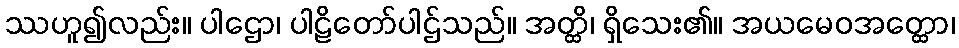
ဿဟူ၍လည်း။ ပါဌော၊ ပါဠိတော်ပါဌ်သည်။ အတ္ထိ၊ ရှိသေး၏။ အယမေဝအတ္ထော၊